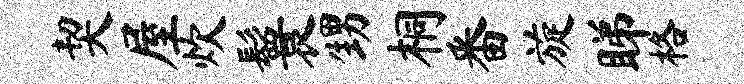
契屋炊鬟甥桐番旋睇格